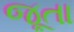
જૂતા